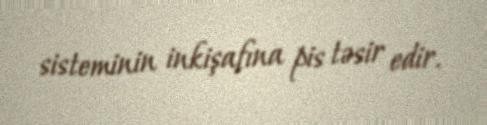
sisteminin inkişafına pis təsir edir.